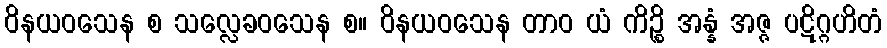
ဝိနယဝသေန စ သလ္လေခဝသေန စ။ ဝိနယဝသေန တာဝ ယံ ကိဉ္စိ အန္နံ အဇ္ဇ ပဋိဂ္ဂဟိတံ